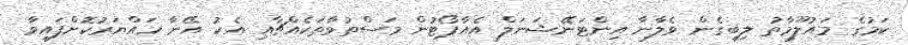
ކަމުގެ މައުލޫމާތު ލިބިގެން ވެލާނާ އިންޓަނޭޝަނަލް އެެއާޕޯޓުން މަސްތުވާތަކެެއްޗާއި އެކު އޭނާ ހައްޔަރުކޮށްފައިވާ